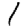
Digit: 1